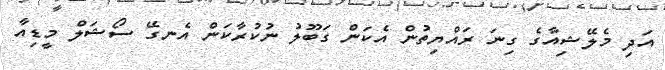
އަދި މެލޭޝިއާގެ ގިނަ ރައްޔިތުން އެކަން ގަބޫލު ނުކުރާކަން އެނގޭ ސޯޝަލް މީޑިއާ